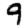
Digit: 9